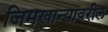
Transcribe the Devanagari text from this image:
जिमखान्यावरील